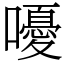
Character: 嚘